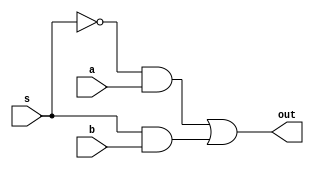

module mux(input s,a,b,output out
);


assign out =((~s)&(a))|((s)&(b));
endmodule